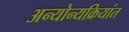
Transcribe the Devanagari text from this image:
अन्योन्यक्रियांत